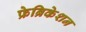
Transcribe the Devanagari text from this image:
फ्रेब्रिकेशन